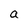
Character: a